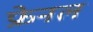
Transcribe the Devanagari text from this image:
फ्रेनल